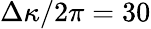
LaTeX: \Delta\kappa/2\pi=30